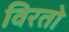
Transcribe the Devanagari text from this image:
विरतो